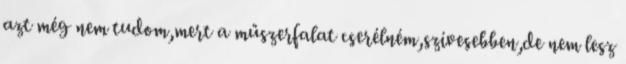
azt még nem tudom,mert a műszerfalat cserélném,szívesebben,de nem lesz